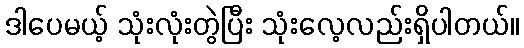
ဒါပေမယ့် သုံးလုံးတွဲပြီး သုံးလေ့လည်းရှိပါတယ်။